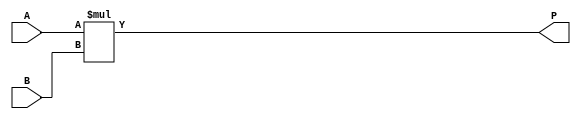
module ParamMultiplier #(
    parameter A_width = 8,  // Width of input A
    parameter B_width = 8,  // Width of input B
    parameter P_width = A_width + B_width // Width of output P
)(
    input  wire [A_width-1:0] A, // Input operand A
    input  wire [B_width-1:0] B, // Input operand B
    output reg  [P_width-1:0] P   // Output product P
);

// Behavioral description of the multiplier
always @(*) begin
    P = A * B; // Perform multiplication
end

endmodule